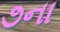
૭ના